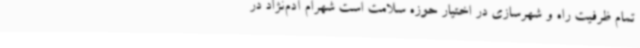
تمام ظرفیت راه و شهرسازی در اختیار حوزه سلامت است شهرام آدم‌نژاد در